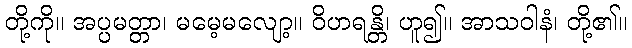
တို့ကို။ အပ္ပမတ္တာ၊ မမေ့မလျော့။ ဝိဟရန္တိ၊ ဟူ၍။ အာသဝါနံ၊ တို့၏။